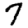
Digit: 7